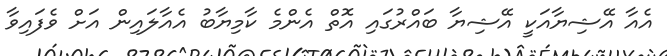
އެއާ އޭޝިޔާއަކީ އޭޝިޔާ ބައްރުގައި އޮތް އެންމެ ކާމިޔާބު އެއާލައިން އަށް ވެފައިވާ